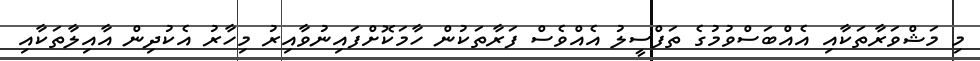
މި މަޝްވަރާތަކާއި އެއްބަސްވުމުގެ ތަފްސީލު އެއްވެސް ފަރާތަކުން ހާމަކޮށްފައިނުވާއިރު މިހާރު އެކުދިން އާއިލާތަކާއި